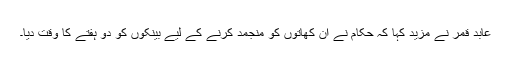
عابد قمر نے مزید کہا کہ حکام نے ان کھاتوں کو منجمد کرنے کے لیے بینکوں کو دو ہفتے کا وقت دیا۔